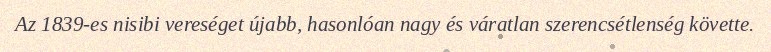
Az 1839-es nisibi vereséget újabb, hasonlóan nagy és váratlan szerencsétlenség követte.